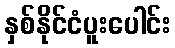
နှစ်နိုင်ငံပူးပေါင်း